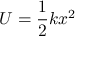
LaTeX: U = { \frac { 1 } { 2 } } k x ^ { 2 }